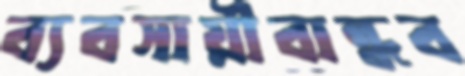
ব্যবসায়ীবান্ধব